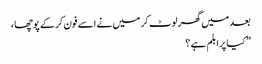
بعد میں گھر لوٹ کر میں نے اسے فون کرکے پوچھا ،
” کیا پرابلم ہے ؟